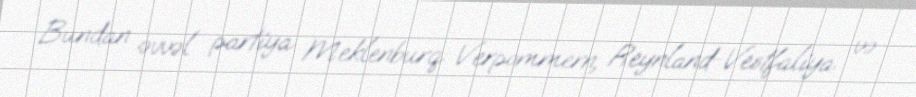
Bundan əvvəl partiya Meklenburq-Verpommern, Reynland-Vestfaliya və